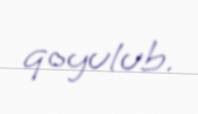
qoyulub.